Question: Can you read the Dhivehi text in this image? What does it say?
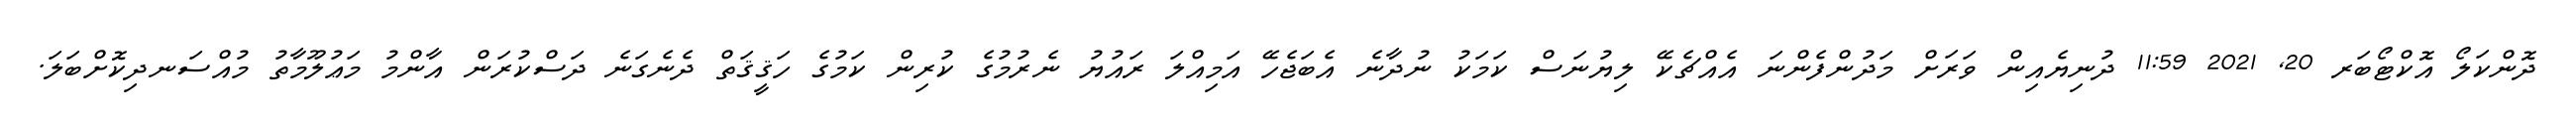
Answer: ދޮންކަލޯ އޮކްޓޯބަރ 20, 2021 11:59 ދުނިޔެއިން ވަރަށް މަދުންފެންނަ އެއްޗެކޭ ލިޔުނަސް ކަމަކު ނުދާނެ އެބަޖެހޭ އަމިއްލަ ރައުޔު ނެރުމުގެ ކުރިން ކަމުގެ ހަޤީޤަތް ދެނެގަނެ ދަސްކުރަން އާންމު މަޢުލޫމާތު މުއްސަނދިކޮށްބަލަ.